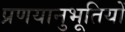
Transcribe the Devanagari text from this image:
प्रणयानुभूतियों